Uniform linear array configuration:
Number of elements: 64
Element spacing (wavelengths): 0.75
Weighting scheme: exponential
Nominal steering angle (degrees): -45
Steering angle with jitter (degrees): -45.964
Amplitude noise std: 0.05
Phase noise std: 0.05

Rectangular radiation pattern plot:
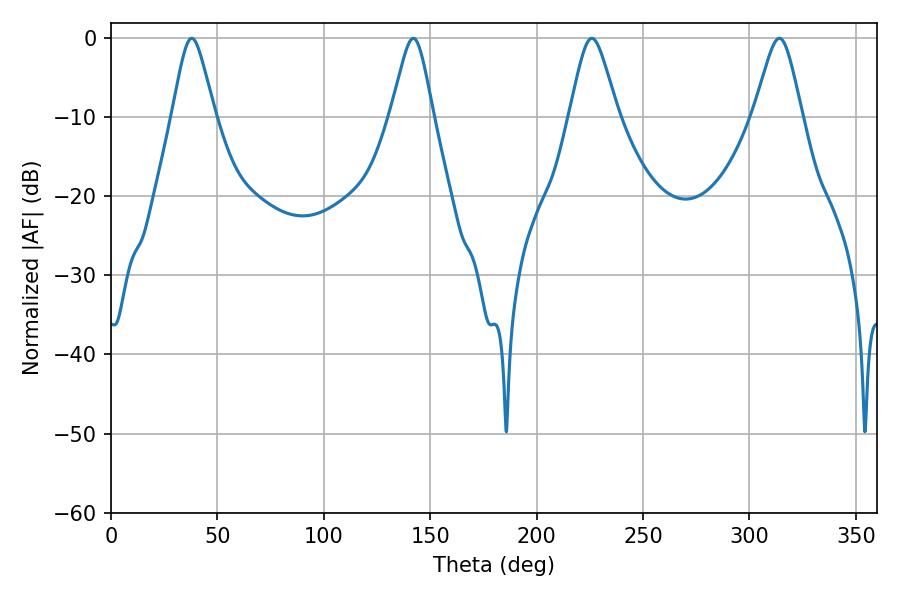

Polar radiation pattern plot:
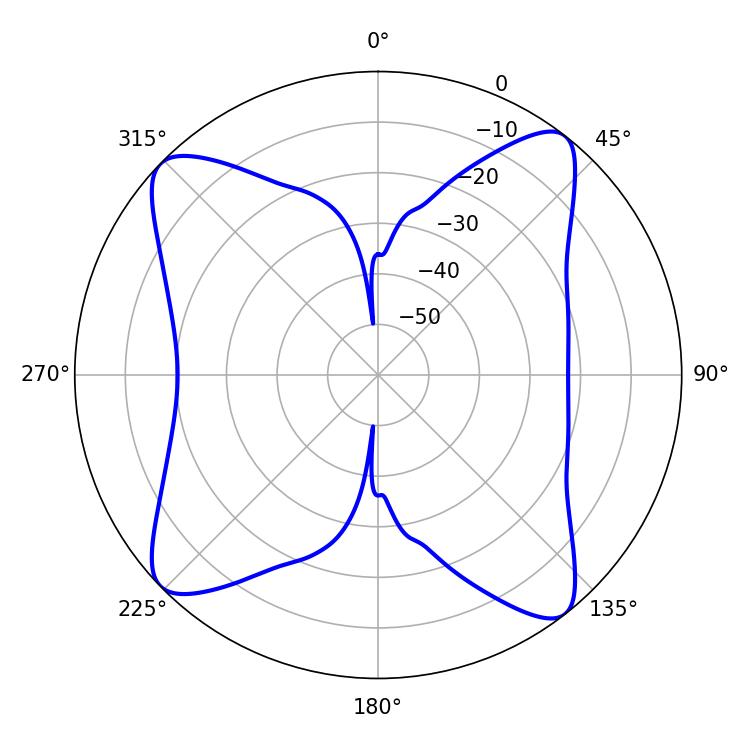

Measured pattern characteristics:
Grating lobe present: TRUE
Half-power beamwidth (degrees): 10.98
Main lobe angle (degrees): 225.9